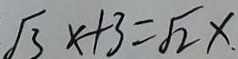
\sqrt { 3 } x + 3 = \sqrt { 2 } x